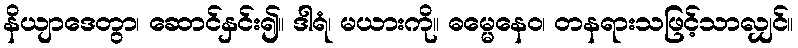
နိယျာဒေတွာ၊ ဆောင်နှင်း၍။ ဒါရံ၊ မယားကို။ ဓမ္မေနေဝ၊ တနရားသဖြင့်သာလျှင်။